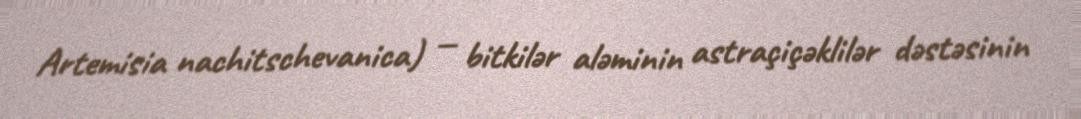
Artemisia nachitschevanica) — bitkilər aləminin astraçiçəklilər dəstəsinin